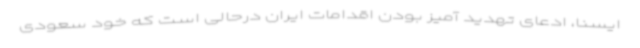
ایسنا، ادعای تهدید آمیز بودن اقدامات ایران درحالی است که خود سعودی